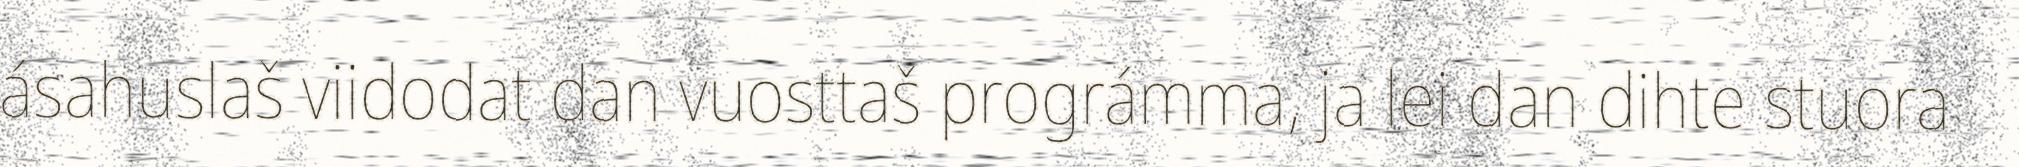
ásahuslaš viidodat dan vuosttaš prográmma, ja lei dan dihte stuora